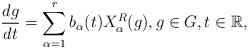
LaTeX: \begin{align*}\frac{dg}{dt}=\sum_{\alpha=1}^rb_\alpha(t)X_\alpha^R(g),g\in G,t\in\mathbb{R},\end{align*}